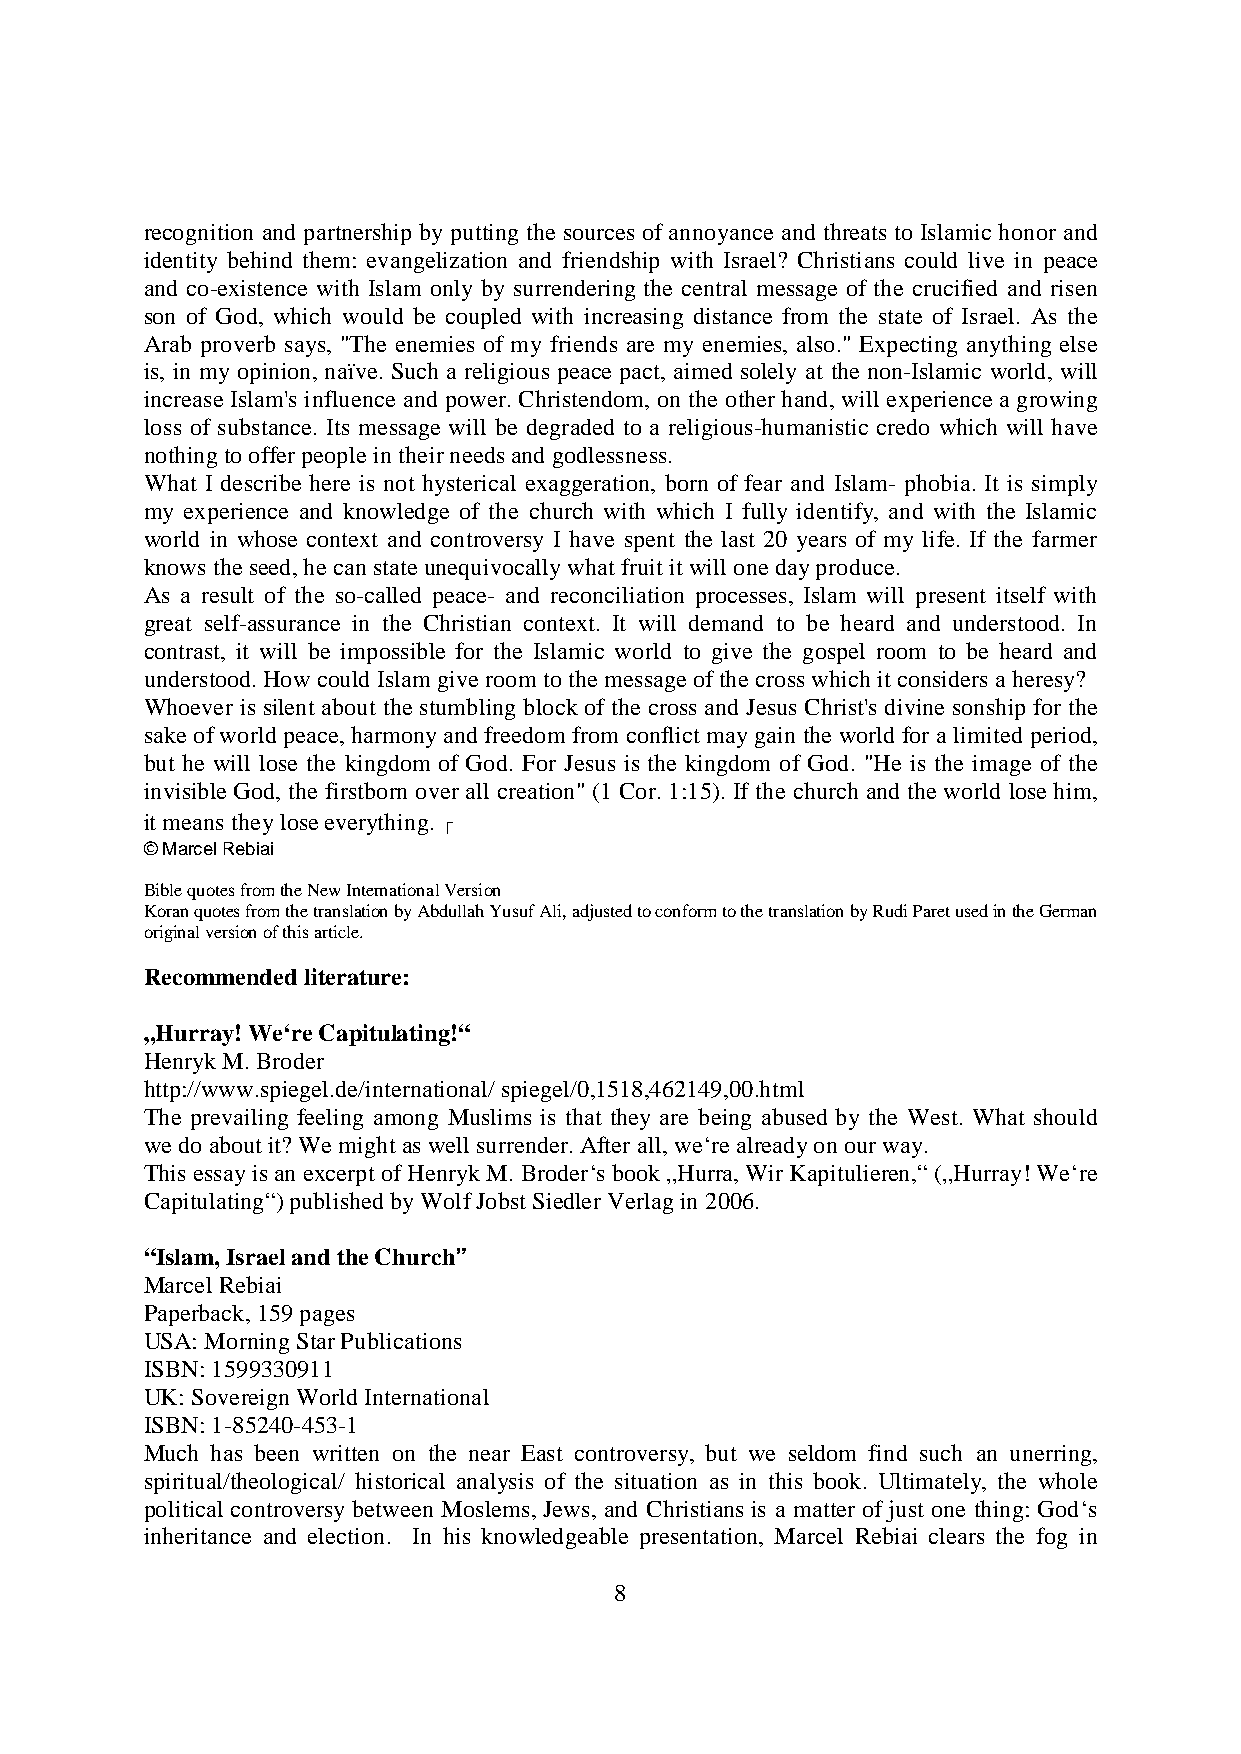
recognition and partnership by putting the sources of annoyance and threats to Islamic honor and
 identity behind them: evangelization and friendship with Israel? Christians could live in peace
 and co-existence with Islam only by surrendering the central message of the crucified and risen
 son of God, which would be coupled with increasing distance from the state of Israel. As the
 Arab proverb says, "The enemies of my friends are my enemies, also." Expecting anything else
 is, in my opinion, naïve. Such a religious peace pact, aimed solely at the non-Islamic world, will
 increase Islam's influence and power. Christendom, on the other hand, will experience a growing
 loss of substance. Its message will be degraded to a religious-humanistic credo which will have
 nothing to offer people in their needs and godlessness.
 What I describe here is not hysterical exaggeration, born of fear and Islam- phobia. It is simply
 my experience and knowledge of the church with which I fully identify, and with the Islamic
 world in whose context and controversy I have spent the last 20 years of my life. If the farmer
 knows the seed, he can state unequivocally what fruit it will one day produce.
 As a result of the so-called peace- and reconciliation processes, Islam will present itself with
 great self-assurance in the Christian context. It will demand to be heard and understood. In
 contrast, it will be impossible for the Islamic world to give the gospel room to be heard and
 understood. How could Islam give room to the message of the cross which it considers a heresy?
 Whoever is silent about the stumbling block of the cross and Jesus Christ's divine sonship for the
 sake of world peace, harmony and freedom from conflict may gain the world for a limited period,
 but he will lose the kingdom of God. For Jesus is the kingdom of God. "He is the image of the
 invisible God, the firstborn over all creation" (1 Cor. 1:15). If the church and the world lose him,
 it means they lose everything.
 © Marcel Rebiai
 Bible quotes from the New International Version
 Koran quotes from the translation by Abdullah Yusuf Ali, adjusted to conform to the translation by Rudi Paret used in the German
 original version of this article.
 Recommended literature:
 „Hurray! We‘re Capitulating!“
 Henryk M. Broder
 http://www.spiegel.de/international/ spiegel/0,1518,462149,00.html
 The prevailing feeling among Muslims is that they are being abused by the West. What should
 we do about it? We might as well surrender. After all, we‘re already on our way.
 This essay is an excerpt of Henryk M. Broder‘s book „Hurra, Wir Kapitulieren,“ („Hurray! We‘re
 Capitulating“) published by Wolf Jobst Siedler Verlag in 2006.
 “Islam, Israel and the Church”
 Marcel Rebiai
 Paperback, 159 pages
 USA: Morning Star Publications
 ISBN: 1599330911
 UK: Sovereign World International
 ISBN: 1-85240-453-1
 Much has been written on the near East controversy, but we seldom find such an unerring,
 spiritual/theological/ historical analysis of the situation as in this book. Ultimately, the whole
 political controversy between Moslems, Jews, and Christians is a matter of just one thing: God‘s
 inheritance and election. In his knowledgeable presentation, Marcel Rebiai clears the fog in
 8